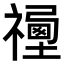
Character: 𥛿